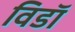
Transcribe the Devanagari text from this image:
विडाॅ